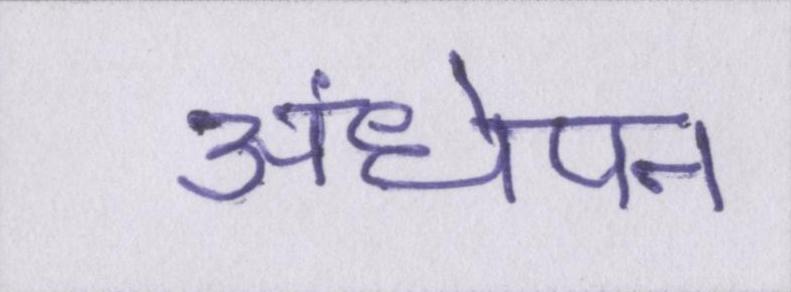
अंधेपन